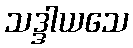
သဒ္ဒါယသေ